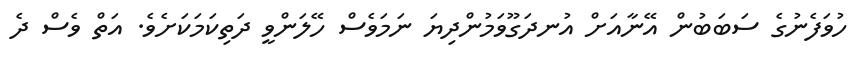
ހުވަފެނުގެ ސަބަބުން އޭނާއަށް އުނދަގޫވަމުންދިޔަ ނަމަވެސް ހޭލަންވީ ދަތިކަމަކަށެވެ. އަތް ވެސް ދެ